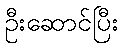
ဦးဆောင်ပြီး